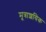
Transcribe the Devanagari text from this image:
मूत्राशयिक